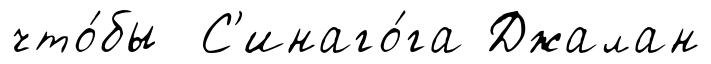
что́бы С'инаго́га Джалан